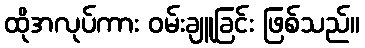
ထိုအလုပ်ကား ဝမ်းချူခြင်း ဖြစ်သည်။